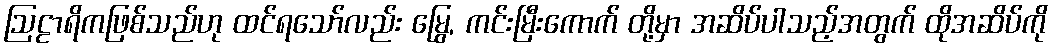
ဩဠာရိကဖြစ်သည်ဟု ထင်ရသော်လည်း မြွေ, ကင်းမြီးကောက် တို့မှာ အဆိပ်ပါသည့်အတွက် ထိုအဆိပ်ကို